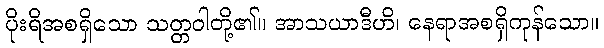
ပိုးရိအစရှိသော သတ္တဝါတို့၏။ အာသယာဒီဟိ၊ နေရာအစရှိကုန်သော။